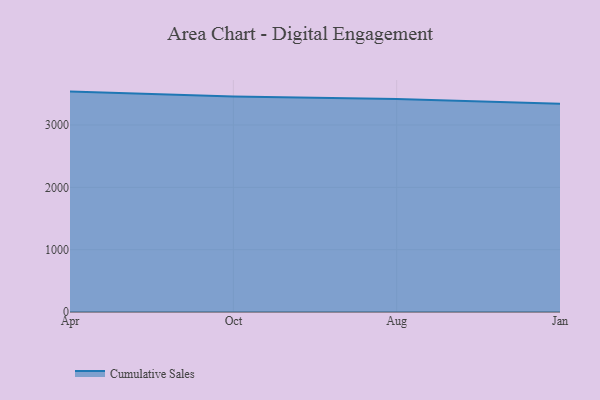
{"axis": {"x": "Month", "y": "Revenue (USD Million)"}, "legend": ["Cumulative Sales"], "data": [{"x": "Apr", "y": 3535.6, "type": "Cumulative Sales"}, {"x": "Oct", "y": 3456.6, "type": "Cumulative Sales"}, {"x": "Aug", "y": 3418.3, "type": "Cumulative Sales"}, {"x": "Jan", "y": 3340.2, "type": "Cumulative Sales"}]}